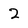
Character: 2